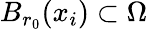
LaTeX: B_{r_{0}}(x_{i})\subset\Omega